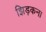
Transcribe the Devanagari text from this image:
झिड़कना